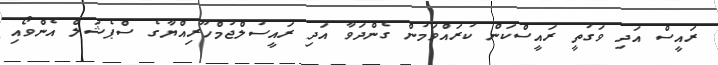
ރައީސް އަދި ވަގުތީ ރައީސްކަން ކުރައްވަމުން ގެންދަވާ އަދި ރައީސުލްޖުމްހޫރިއްޔާގެ ސްޕެޝަލް އެންވޯއި